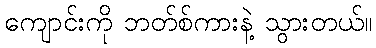
ကျောင်းကို ဘတ်စ်ကားနဲ့ သွားတယ်။